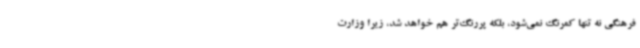
فرهنگی نه تنها کمرنگ نمی‌شود، بلکه پررنگ‌تر هم خواهد شد، زیرا وزارت